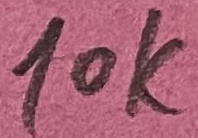
Text: 10K